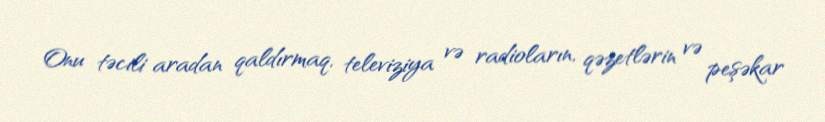
Onu təcili aradan qaldırmaq, televiziya və radioların, qəzetlərin və peşəkar